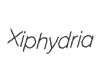
Xiphydria